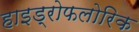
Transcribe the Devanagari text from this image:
हाइड्रोफलोरिक